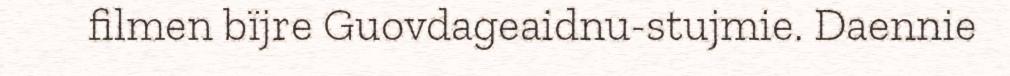
filmen bïjre Guovdageaidnu-stujmie. Daennie